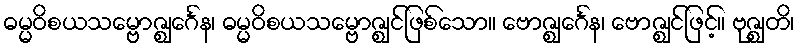
ဓမ္မဝိစယသမ္ဗောဇ္ဈင်္ဂေန၊ ဓမ္မဝိစယသမ္ဗောဇ္ဈင်ဖြစ်သော။ ဗောဇ္ဈင်္ဂေန၊ ဗောဇ္ဈင်ဖြင့်။ ဗုဇ္ဈတိ၊